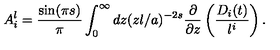
A _ { i } ^ { l } = { \frac { \sin ( \pi s ) } { \pi } } \int _ { 0 } ^ { \infty } d z ( z l / a ) ^ { - 2 s } { \frac { \partial } { \partial z } } \left( { \frac { D _ { i } ( t ) } { l ^ { i } } } \right) .